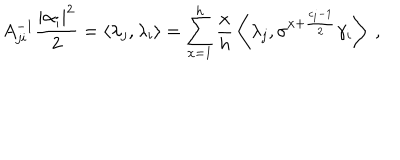
LaTeX: A _ { j i } ^ { - 1 } \frac { | \alpha _ { i } | ^ { 2 } } { 2 } = \left\langle \lambda _ { j } , \lambda _ { i } \right\rangle = \sum _ { x = 1 } ^ { h } \frac { x } { h } \, \left\langle \lambda _ { j } , \sigma ^ { x + \frac { c _ { i } - 1 } { 2 } } \gamma _ { i } \right\rangle \; ,